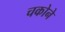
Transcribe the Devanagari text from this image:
चकोने